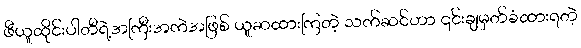
ဖီယူထိုင်းပါတီရဲ့အကြီးအကဲအဖြစ် ယူဆထားကြတဲ့ သက်ဆင်ဟာ ၎င်းချမှတ်ခံထားရတဲ့